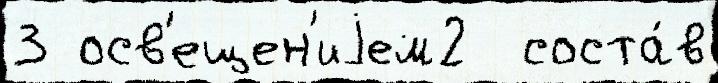
3 осв'ещен'иjем2  соста́в